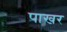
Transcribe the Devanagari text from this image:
पाखर